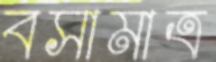
বসামাত্র